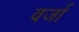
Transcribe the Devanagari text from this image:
वर्जा